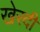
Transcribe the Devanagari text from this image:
खेरदी